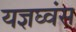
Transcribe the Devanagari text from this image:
यज्ञघ्वंस